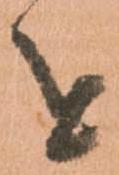
を